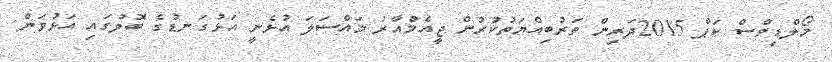
މޯލްޑިވްސް ކަޕް 2015ދަރިން ތަރުބިއްޔަތުކުރުން ޖީއެމްއާރު މައްސަލަ އުޅެނީ އަޅުގަނޑުގެ ބޮލުގައި އަޅުވަން: